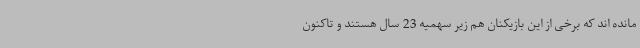
مانده اند که برخی از این بازیکنان هم زیر سهمیه 23 سال هستند و تاکنون